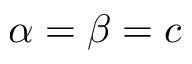
\alpha = \beta = c